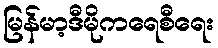
မြန်မာ့ဒီမိုကရေစီရေး